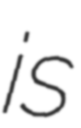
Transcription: is